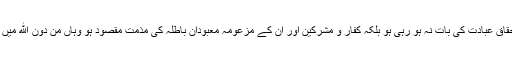
قرآنِ حکیم کے وہ مقامات جہاں نفئ شرک اور نفئ استحقاقِ عبادت کی بات نہ ہو رہی ہو بلکہ کفار و مشرکین اور ان کے مزعومہ معبودانِ باطلہ کی مذمت مقصود ہو وہاں مِنْ دُوْنِ اللهِ میں انبیائے کرام اور اولیاء و صلحاء اور مقربین شامل نہیں۔